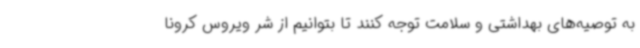
به توصیه‌های بهداشتی و سلامت توجه کنند تا بتوانیم از شر ویروس کرونا